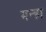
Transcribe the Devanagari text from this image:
मन्हा